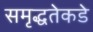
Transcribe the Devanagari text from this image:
समृद्धतेकडे